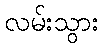
လမ်းသွား